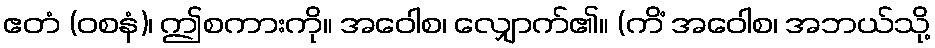
ဧတံ (ဝစနံ)၊ ဤစကားကို။ အဝေါစ၊ လျှောက်၏။ (ကိံ အဝေါစ၊ အဘယ်သို့